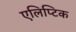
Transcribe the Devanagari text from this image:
एलिप्टिक